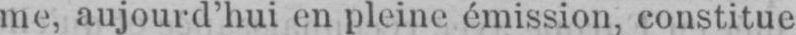
me, aujourd’hui en pleine émission, constitue